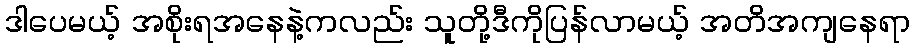
ဒါပေမယ့် အစိုးရအနေနဲ့ကလည်း သူတို့ဒီကိုပြန်လာမယ့် အတိအကျနေရာ